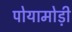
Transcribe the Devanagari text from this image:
पोयामोड़ी